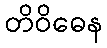
တိဝိဓေန